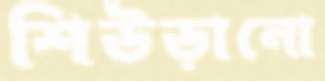
শিউড়ানো